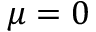
\mu = 0